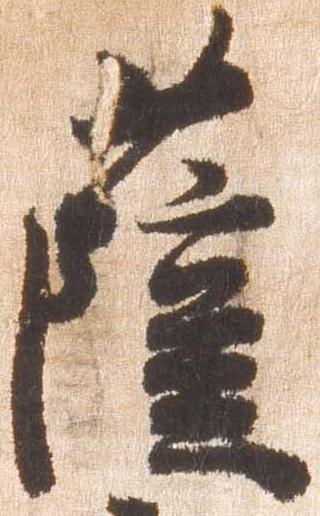
薩